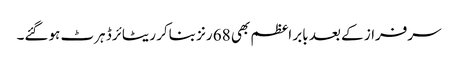
سرفراز کے بعد بابر اعظم بھی 68 رنز بناکر ریٹائرڈ ہرٹ ہوگئے۔